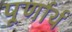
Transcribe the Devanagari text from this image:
पूर्णार्थ